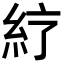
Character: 𥾼